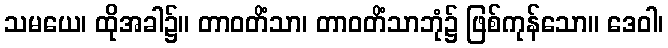
သမယေ၊ ထိုအခါ၌။ တာဝတိံသာ၊ တာဝတိံသာဘုံ၌ ဖြစ်ကုန်သော။ ဒေဝါ၊